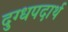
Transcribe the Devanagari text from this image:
दुग्धपदार्थ